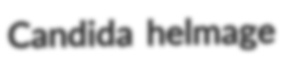
Candida helmage